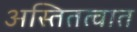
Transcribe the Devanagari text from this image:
अस्तितत्वात